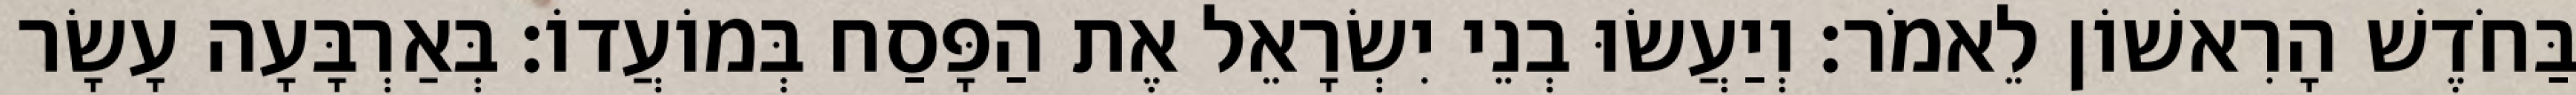
בַּחֹדֶשׁ הָרִאשׁוֹן לֵאמֹר׃ וְיַעֲשׂוּ בְנֵי יִשְׂרָאֵל אֶת הַפָּסַח בְּמוֹעֲדוֹ׃ בְּאַרְבָּעָה עָשָׂר